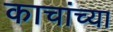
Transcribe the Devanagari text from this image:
काचांच्या